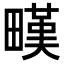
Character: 𤳉